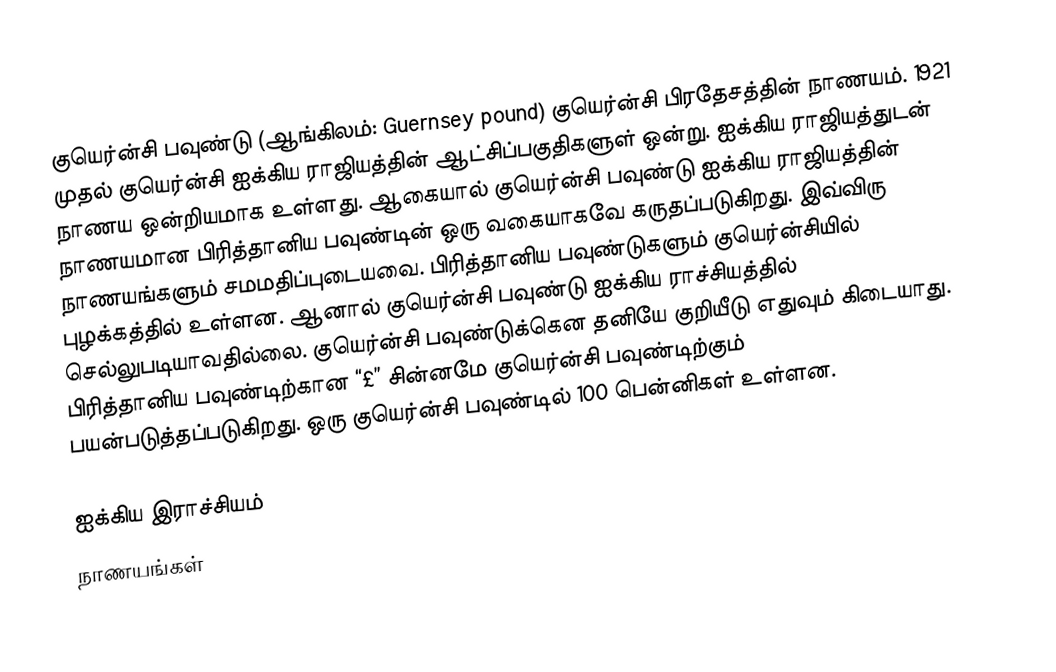
குயெர்ன்சி பவுண்டு (ஆங்கிலம்: Guernsey pound) குயெர்ன்சி பிரதேசத்தின் நாணயம். 1921 முதல் குயெர்ன்சி ஐக்கிய ராஜியத்தின் ஆட்சிப்பகுதிகளுள் ஒன்று. ஐக்கிய ராஜியத்துடன் நாணய ஒன்றியமாக உள்ளது. ஆகையால் குயெர்ன்சி பவுண்டு ஐக்கிய ராஜியத்தின் நாணயமான பிரித்தானிய பவுண்டின் ஒரு வகையாகவே கருதப்படுகிறது. இவ்விரு நாணயங்களும் சமமதிப்புடையவை. பிரித்தானிய பவுண்டுகளும் குயெர்ன்சியில் புழக்கத்தில் உள்ளன. ஆனால் குயெர்ன்சி பவுண்டு ஐக்கிய ராச்சியத்தில் செல்லுபடியாவதில்லை. குயெர்ன்சி பவுண்டுக்கென தனியே குறியீடு எதுவும் கிடையாது. பிரித்தானிய பவுண்டிற்கான “£” சின்னமே குயெர்ன்சி பவுண்டிற்கும் பயன்படுத்தப்படுகிறது. ஒரு குயெர்ன்சி பவுண்டில் 100 பென்னிகள் உள்ளன.

ஐக்கிய இராச்சியம்
நாணயங்கள்